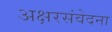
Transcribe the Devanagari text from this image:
अक्षरसंवेदना